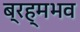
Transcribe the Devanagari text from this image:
ब्रह्मभव